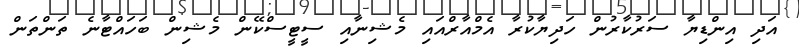
އަދި އިންޑިޔާ ސަރުކާރުން ހަދިޔާކުރާ އެމްއާރްއައި މެޝިނާއި ސީޓީސްކޭން މެޝިން ބަހައްޓާނެ ތަންތަން